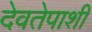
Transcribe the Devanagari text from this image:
देवतेपाशी